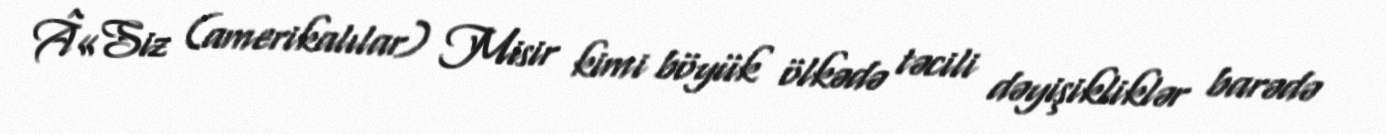
Â«Siz (amerikalılar) Misir kimi böyük ölkədə təcili dəyişikliklər barədə